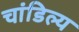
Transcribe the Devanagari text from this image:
चांडिल्य